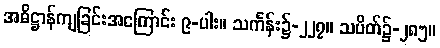
အဓိဋ္ဌာန်ကျခြင်းအကြောင်း ၉-ပါး။ သင်္ကန်း၌-၂၂၇။ သပိတ်၌-၂၈၅။